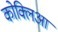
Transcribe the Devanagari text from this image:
कोक्लिआ